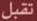
تقبل